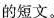
的短文。